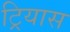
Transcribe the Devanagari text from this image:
ट्रियास